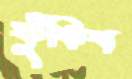
ফুঁকিব